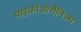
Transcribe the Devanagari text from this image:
माइक्रोऑर्गैनिज्म